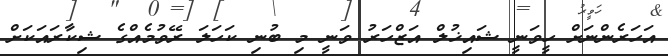
އަހަރެންނަށް ހީވަނީ ޝައިޚުލް އަޒްހަރު ވަނީ މި ބުނި ކަހަލަ ރޭވުމެއްގެ ޝިކާރައަކަށް